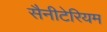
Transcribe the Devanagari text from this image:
सैनीटेरियम